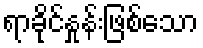
ရာခိုင်နှုန်းဖြစ်သော